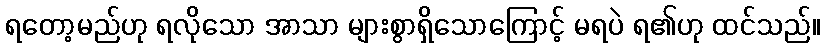
ရတော့မည်ဟု ရလိုသော အာသာ များစွာရှိသောကြောင့် မရပဲ ရ၏ဟု ထင်သည်။